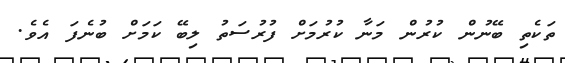
ތަކެތި ބޭނުން ކުރުން މަނާ ކުރުމަށް ފުރުސަތު ލިބޭ ކަމަށް ބުނެފަ އެވެ.